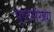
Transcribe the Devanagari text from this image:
पृष्ठसंख्य़ा